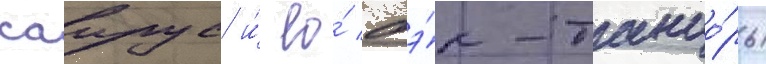
саирус и́ ео́ бэ́к-танцо́ры